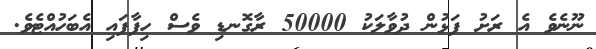
ނޫނެވެ އެ ރަށު ފަޅުން ދުވާލަކު 50000 ރާގޮނޑި ވެސް ހިފާފައި އެބަހުއްޓެވެ.